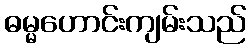
ဓမ္မဟောင်းကျမ်းသည်